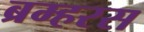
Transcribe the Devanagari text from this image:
ब्रम्हरस